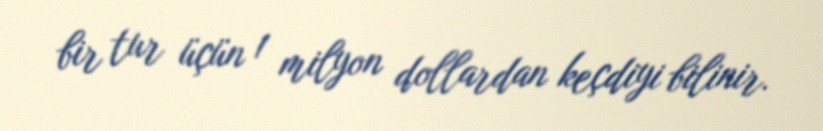
bir tur üçün 1 milyon dollardan keçdiyi bilinir.